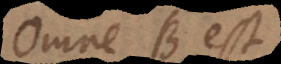
Omne B est